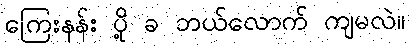
ကြေးနန်း ပို့ ခ ဘယ်လောက် ကျမလဲ။